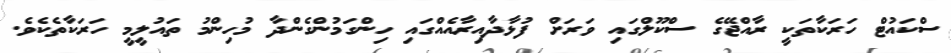
ސްކައުޓް ހަރަކާތަކީ ރާއްޖޭގެ ސްކޫލްގައި ވަރަށް ފުޅާދާއިރާއެއްގައި ހިންގަމުންގެންދާ މުހިންމު ތައުލީމީ ހަރަކާތެކެވެ.